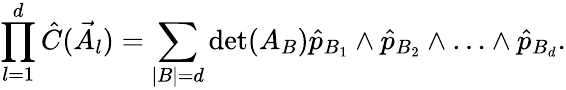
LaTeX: \prod_{l=1}^{d}\hat{C}(\vec{A}_{l})=\sum_{|B|=d}\textrm{det}(A_{B})\hat{p}_{B_{1}}\wedge\hat{p}_{B_{2}}\wedge\ldots\wedge\hat{p}_{B_{d}}.